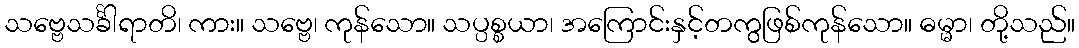
သဗ္ဗေသင်္ခါရာတိ၊ ကား။ သဗ္ဗေ၊ ကုန်သော။ သပ္ပစ္စယာ၊ အကြောင်းနှင့်တကွဖြစ်ကုန်သော။ ဓမ္မာ၊ တို့သည်။